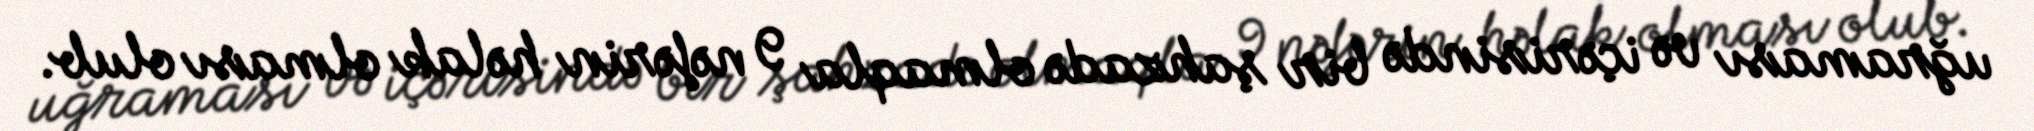
uğraması və içərisində bir şahzadə olmaqla 9 nəfərin həlak olması olub.